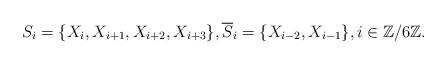
LaTeX: \begin{align*}S_{i}=\{X_{i},X_{i+1},X_{i+2},X_{i+3}\},\overline{S}_i=\{X_{i-2},X_{i-1}\},i\in\mathbb{Z}/6\mathbb{Z}.\end{align*}